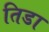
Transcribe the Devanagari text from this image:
तिडा